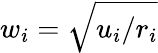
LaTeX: w_{i}=\sqrt{u_{i}/r_{i}}